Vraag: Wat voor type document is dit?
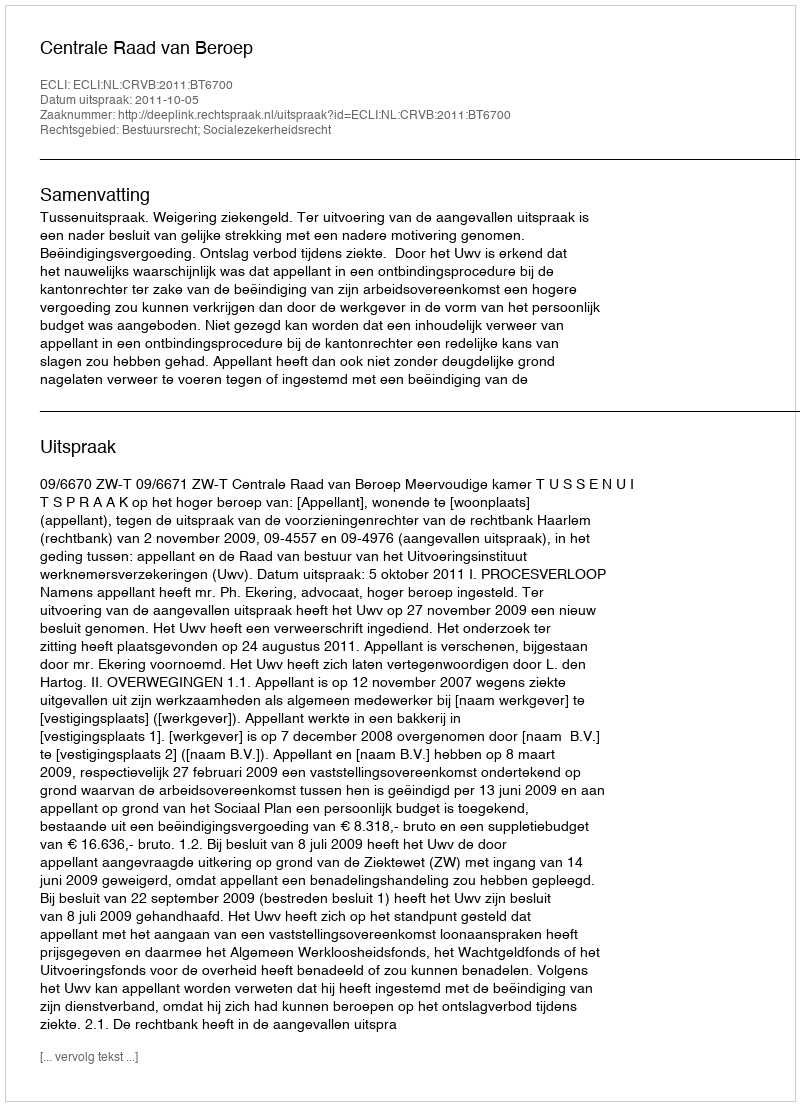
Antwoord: Uitspraak